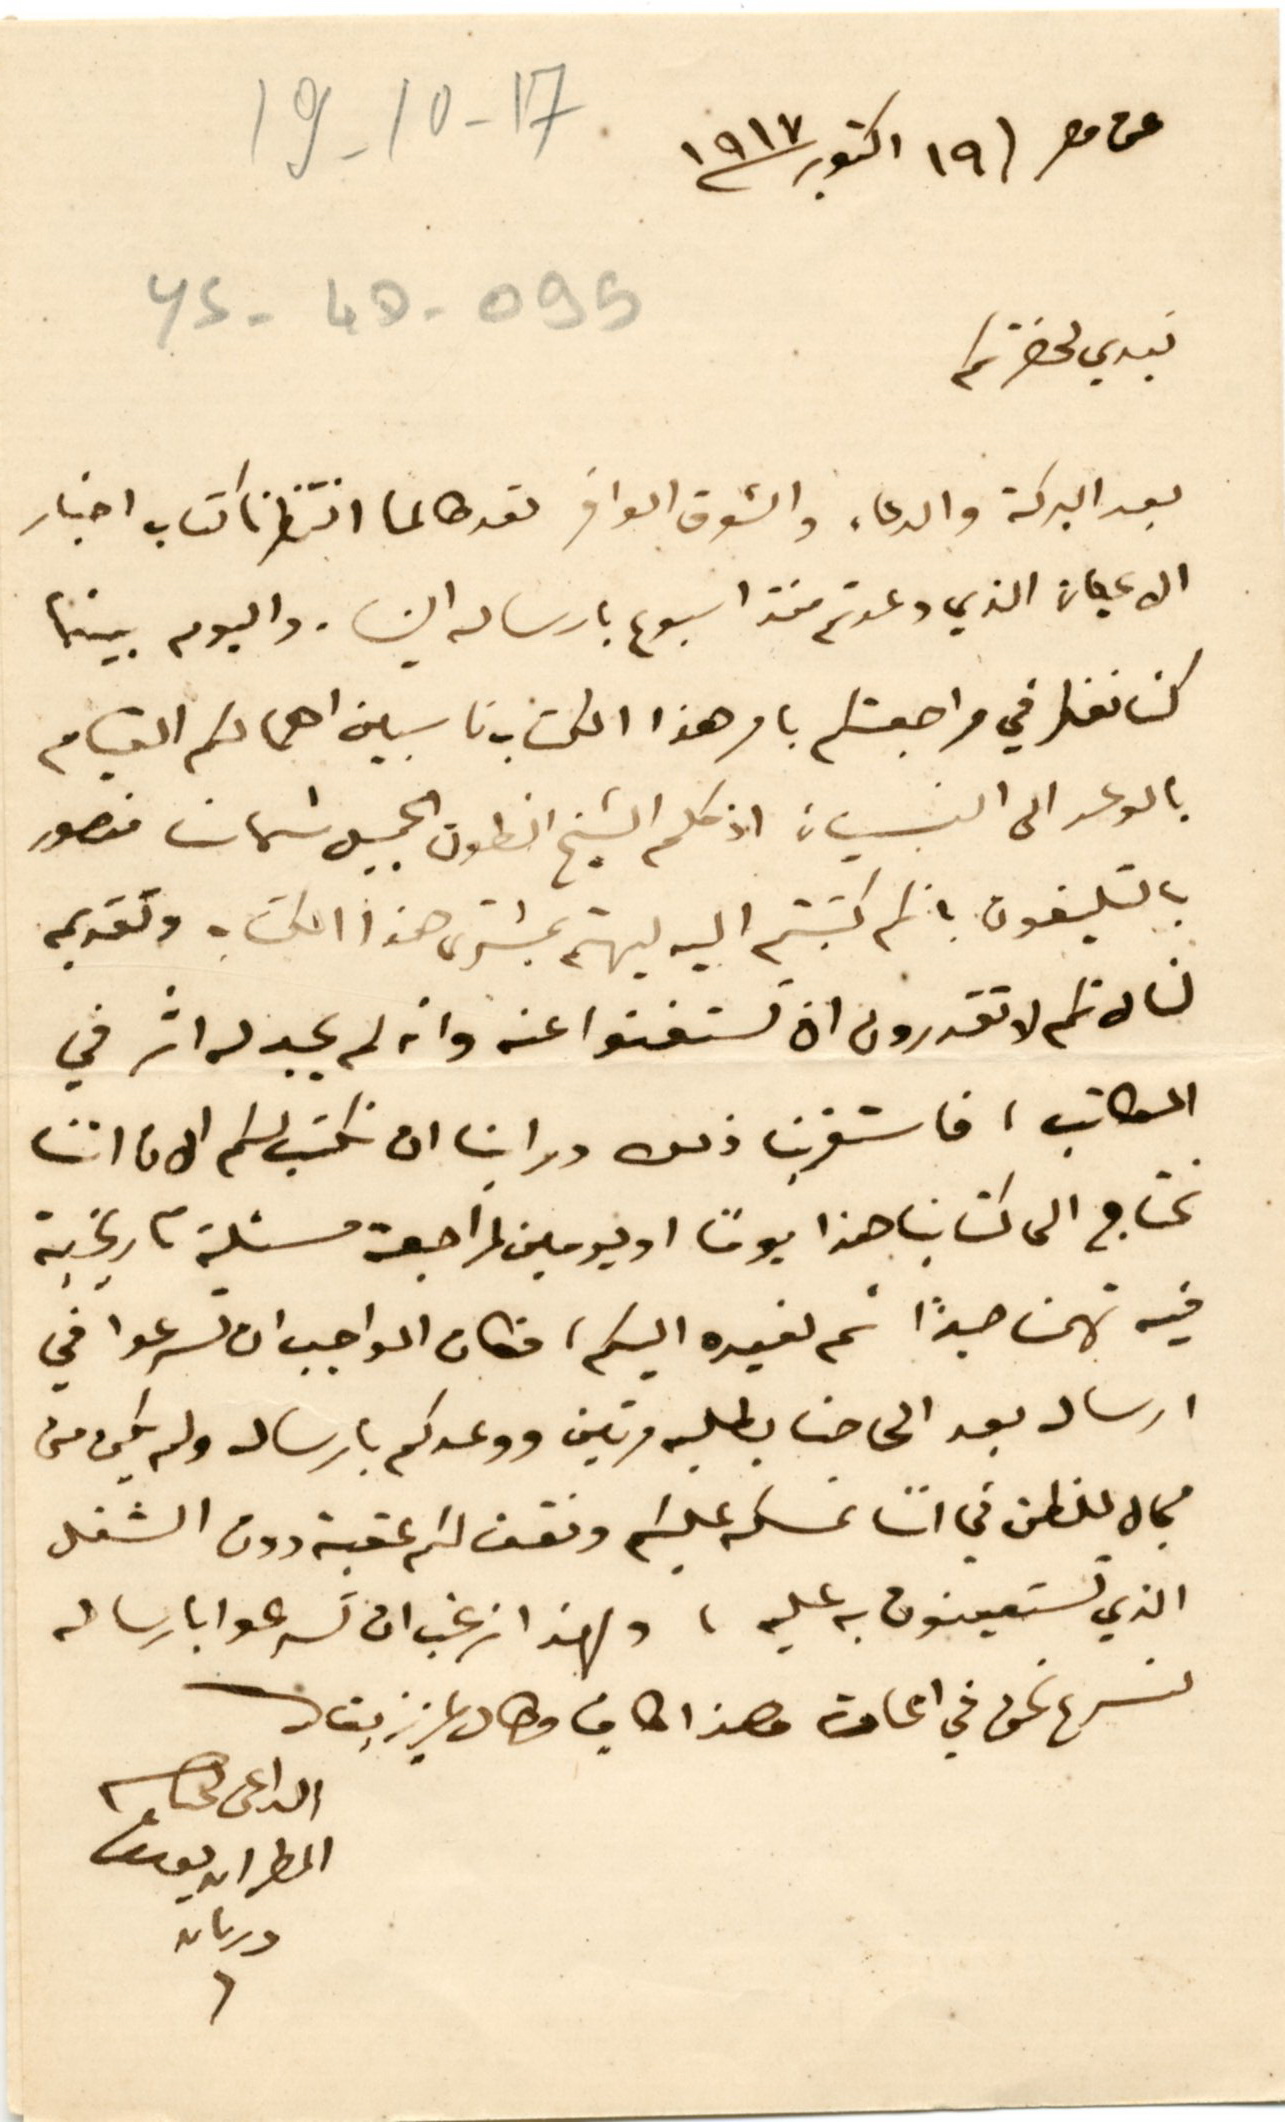
19 - 10 - 17
عن مصر ١٩ اكتوبر ٩١٧
YS-4D-095
نبدي لحضرتكم
بعد البركة والدعاء والشوق الوافر لقد طالما انتظرنا كتاب اخبار
الاعيان الذي وعدتم منذ اسبوع بارساله الينا . واليوم بينما
كنا نفكر في مراجعتكم بامر هذا الكتاب ناسبين اهمالكم القيام
بالوعد الى النسيان اذ كلم الشيخ انطون الجميل شهاب منصور
بالتليفون بانكم كتبتم اليه ليهتم بمشترى هذا الكتاب وتقديمه
لنا لانكم لا تقدرون ان تستغنوا عنه وانه لم يجد له اثر في
المكاتب، فاستغربنا ذلك وراينا ان نكتب لكم الان اننا
نحتاج الى كتابنا هذا يومًا او يومين لمراجعة مسئلة تاريخية
فيه تهمنا جدًا ثم نعيده اليكم، فكان الواجب ان تسرعوا في
ارساله بعد الحاحنا بطلبه مرتين ووعدكم بارساله ولم يكن من
مجال للظن في اننا نمسكه عليكم ونقف لكم عقبة دون الشغل
الذي تستعينون به عليه، ولهذا ارغب ان تسرعوا بارساله
لنسرع نحن في اعادته وهذا كافٍ وطال عزيز بقاك
الداعى
المطران يوسف
دريان